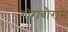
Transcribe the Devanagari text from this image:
गौराबौराम